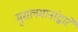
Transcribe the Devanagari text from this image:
मुसलमानांद्वारे